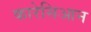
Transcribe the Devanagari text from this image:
कारेसिआन